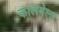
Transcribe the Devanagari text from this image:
कालबेला